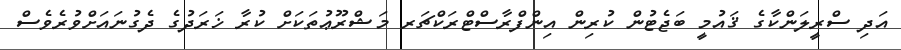
އަދި ސްރީލަންކާގެ ޤައުމީ ބަޖެޓުން ކުރިން އިންފްރާސްޓްރަކްޗަރ މަޝްރޫޢުތަކަށް ކުރާ ޚަރަދުގެ ދެގުނައަށްވުރެވެސް